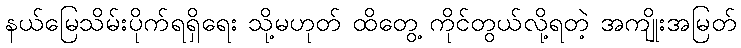
နယ်မြေသိမ်းပိုက်ရရှိရေး သို့မဟုတ် ထိတွေ့ ကိုင်တွယ်လို့ရတဲ့ အကျိုးအမြတ်